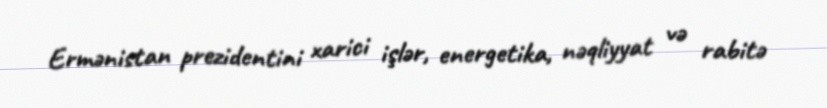
Ermənistan prezidentini xarici işlər, energetika, nəqliyyat və rabitə